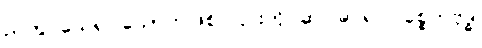
ညတွင်သေ၍ သောကဖြစ်၊ ၎င်းကို ဆင်ခြင်၍ ပစ္စေကဗုဒ္ဓါ